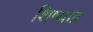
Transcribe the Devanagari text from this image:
शिष्याव्र